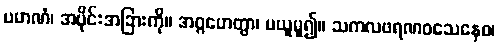
ပမာဏံ၊ အပိုင်းအခြားကို။ အဂ္ဂဟေတွာ၊ မယူမူ၍။ သကလဖရဏဝသေနေဝ၊